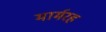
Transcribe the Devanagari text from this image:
मार्मरह